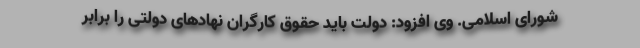
شورای اسلامی. وی افزود: دولت باید حقوق کارگران نهادهای دولتی را برابر